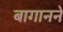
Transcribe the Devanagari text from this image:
बागानने